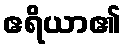
ဧရိယာ၏